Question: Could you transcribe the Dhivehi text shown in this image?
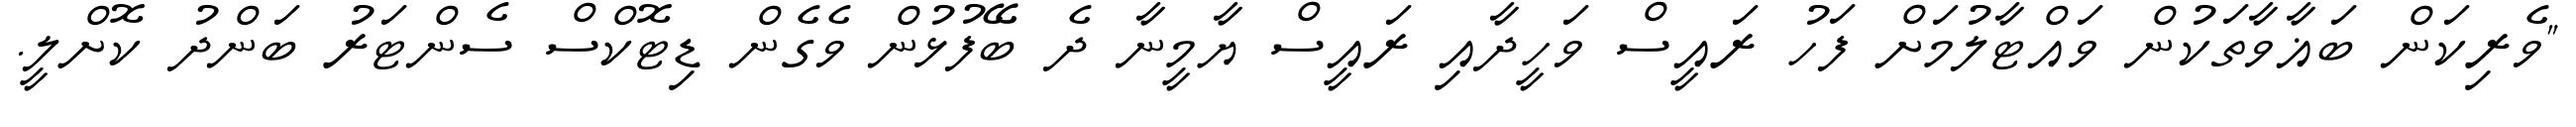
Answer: "ވެރިކަން ބަޣާވާތަކުން ވައްޓާލުމަށް ފަހު ރައީސް ވަހީދާއި ރައީސް ޔާމީނާ ދެ ބޭފުޅުން ވެގެން ޑިޓޮކްސް ސެންޓަރު ބަންދު ކޮށްލީ.